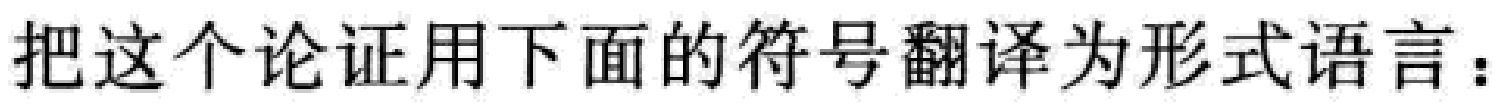
把这个论证用下面的符号翻译为形式语言：